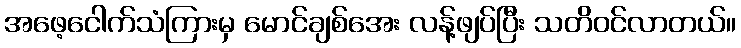
အဖေ့ငေါက်သံကြားမှ မောင်ချစ်အေး လန့်ဖျပ်ပြီး သတိဝင်လာတယ်။